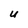
Character: U